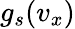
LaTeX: g_{s}(v_{x})